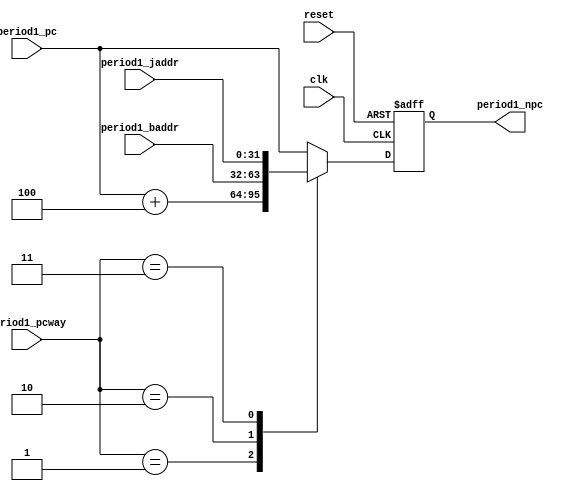
`ifndef _PC
`define _PC

module PC(
    input wire clk, reset,
    input wire [1:0] period1_pcway, // 
    input wire [31:0] period1_baddr, // 
    input wire [31:0] period1_jaddr, // 
    input wire [31:0] period1_pc, // 
    output reg [31:0] period1_npc // 
);

    //  period1_npc 
    initial begin
        period1_npc <= 32'b0;
    end

    always @(posedge clk or negedge reset) begin
        if (!reset) begin
            //  period1_npc  0
            period1_npc <= 32'b0;
        end else begin
            //  period1_npc 
            case (period1_pcway)
                2'b01: period1_npc <= period1_pc + 4;
                2'b10: period1_npc <= period1_baddr;
                2'b11: period1_npc <= period1_jaddr;
                default: period1_npc <= period1_pc;
            endcase
        end
    end
endmodule


`endif